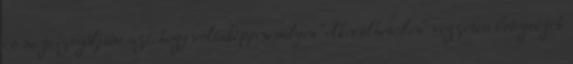
és megvizsgáljam azt, hogy voltaképpen milyen “elkerülhetetlen” végzetes betegségek